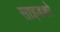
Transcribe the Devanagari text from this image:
साइडशो